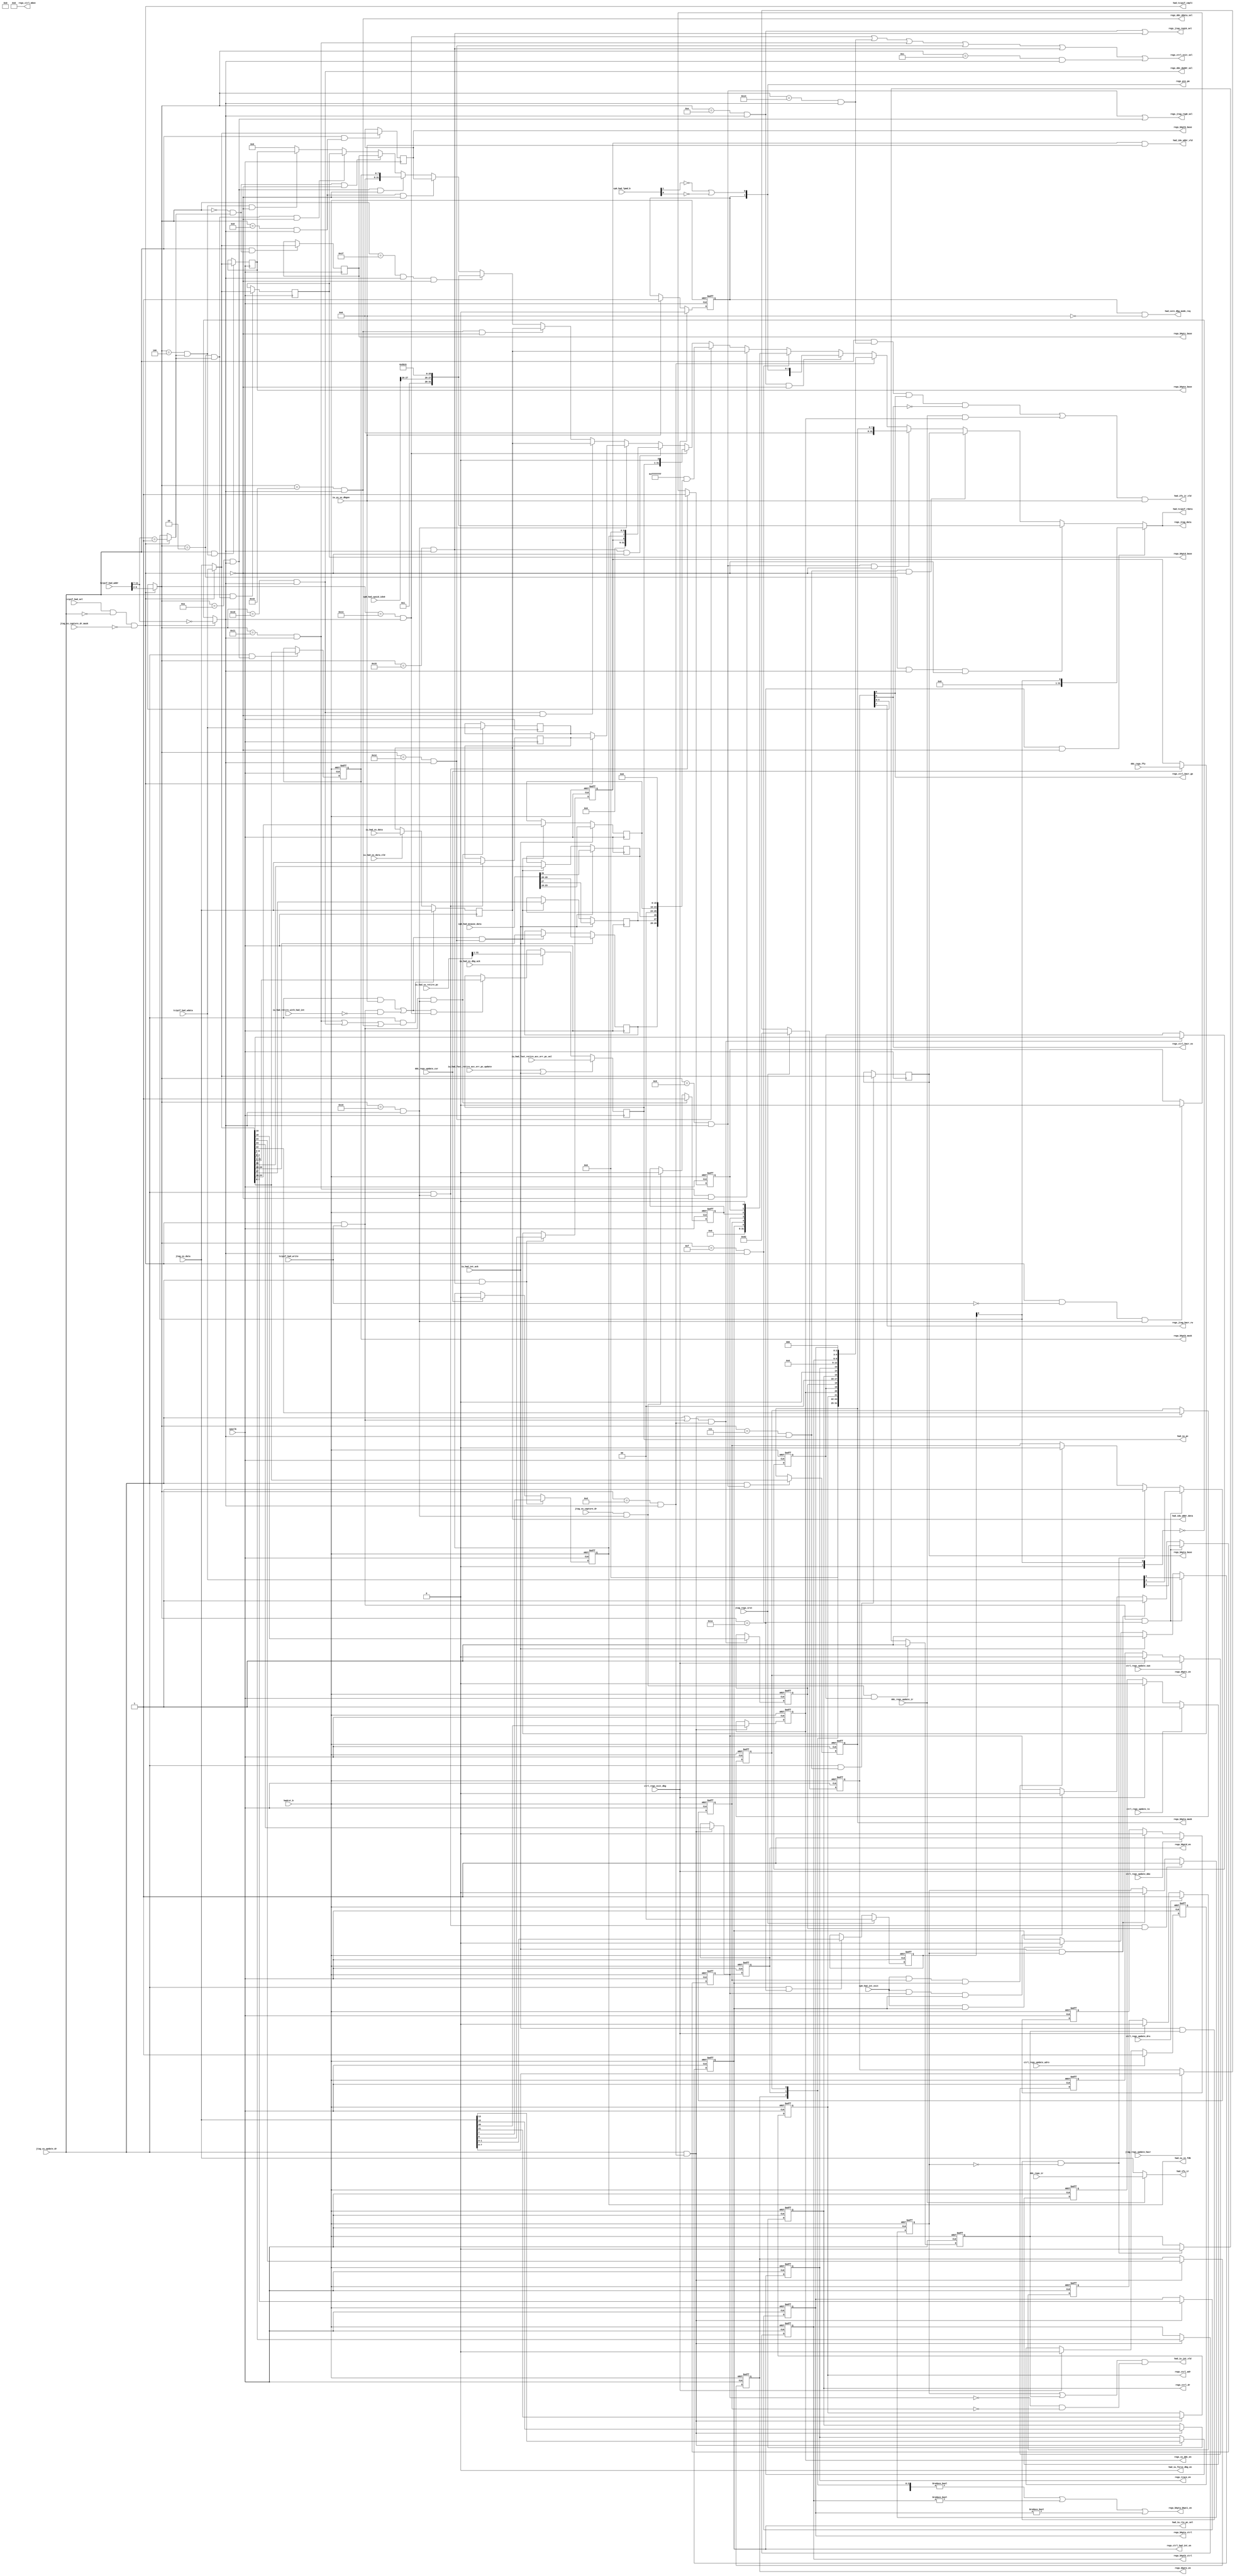
/*Copyright 2018-2021 T-Head Semiconductor Co., Ltd.

Licensed under the Apache License, Version 2.0 (the "License");
you may not use this file except in compliance with the License.
You may obtain a copy of the License at

    http://www.apache.org/licenses/LICENSE-2.0

Unless required by applicable law or agreed to in writing, software
distributed under the License is distributed on an "AS IS" BASIS,
WITHOUT WARRANTIES OR CONDITIONS OF ANY KIND, either express or implied.
See the License for the specific language governing permissions and
limitations under the License.
*/
module cr_had_regs(
  cp0_had_cpuid_idx0,
  cp0_had_int_exit,
  cp0_had_lpmd_b,
  cp0_had_mcause_data,
  cpuclk,
  ctrl_regs_exit_dbg,
  ctrl_regs_update_adro,
  ctrl_regs_update_dro,
  ctrl_regs_update_mbo,
  ctrl_regs_update_swo,
  ctrl_regs_update_to,
  ddc_regs_ffy,
  ddc_regs_ir,
  ddc_regs_update_csr,
  ddc_regs_update_ir,
  had_core_dbg_mode_req,
  had_idu_wbbr_data,
  had_idu_wbbr_vld,
  had_ifu_ir,
  had_ifu_ir_vld,
  had_iu_force_dbg_en,
  had_iu_int_vld,
  had_iu_pc,
  had_iu_rte_pc_sel,
  had_iu_xx_fdb,
  had_tcipif_cmplt,
  had_tcipif_rdata,
  hadrst_b,
  iu_had_fast_retire_acc_err_pc_update,
  iu_had_fast_retire_acc_err_pc_val,
  iu_had_int_ack,
  iu_had_retire_with_had_int,
  iu_had_xx_data,
  iu_had_xx_data_vld,
  iu_had_xx_dbg_ack,
  iu_had_xx_retire_pc,
  iu_yy_xx_dbgon,
  jtag_regs_srst,
  jtag_regs_update_hacr,
  jtag_xx_capture_dr,
  jtag_xx_capture_dr_mask,
  jtag_xx_data,
  jtag_xx_update_dr,
  regs_bkpta_base,
  regs_bkpta_bkpti_en,
  regs_bkpta_ctrl,
  regs_bkpta_mask,
  regs_bkptb_base,
  regs_bkptb_ctrl,
  regs_bkptb_mask,
  regs_bkptc_base,
  regs_bkptc_en,
  regs_bkptd_base,
  regs_bkptd_en,
  regs_bkpte_base,
  regs_bkpte_en,
  regs_ctrl_adr,
  regs_ctrl_dr,
  regs_ctrl_exit_sel,
  regs_ctrl_hacr_ex,
  regs_ctrl_hacr_go,
  regs_ctrl_had_int_on,
  regs_ctrl_mbee,
  regs_ddc_daddr_sel,
  regs_ddc_ddata_sel,
  regs_jtag_data,
  regs_jtag_hacr_rw,
  regs_jtag_reg16_sel,
  regs_jtag_reg8_sel,
  regs_pin_pm,
  regs_trace_en,
  regs_xx_ddc_en,
  tcipif_had_addr,
  tcipif_had_sel,
  tcipif_had_wdata,
  tcipif_had_write
);

// &Ports; @23
input   [31:0]  cp0_had_cpuid_idx0;                  
input           cp0_had_int_exit;                    
input   [1 :0]  cp0_had_lpmd_b;                      
input   [31:0]  cp0_had_mcause_data;                 
input           cpuclk;                              
input           ctrl_regs_exit_dbg;                  
input           ctrl_regs_update_adro;               
input           ctrl_regs_update_dro;                
input           ctrl_regs_update_mbo;                
input           ctrl_regs_update_swo;                
input           ctrl_regs_update_to;                 
input           ddc_regs_ffy;                        
input   [31:0]  ddc_regs_ir;                         
input           ddc_regs_update_csr;                 
input           ddc_regs_update_ir;                  
input           hadrst_b;                            
input           iu_had_fast_retire_acc_err_pc_update; 
input   [30:0]  iu_had_fast_retire_acc_err_pc_val;   
input           iu_had_int_ack;                      
input           iu_had_retire_with_had_int;          
input   [31:0]  iu_had_xx_data;                      
input           iu_had_xx_data_vld;                  
input           iu_had_xx_dbg_ack;                   
input   [31:0]  iu_had_xx_retire_pc;                 
input           iu_yy_xx_dbgon;                      
input           jtag_regs_srst;                      
input           jtag_regs_update_hacr;               
input           jtag_xx_capture_dr;                  
input           jtag_xx_capture_dr_mask;             
input   [31:0]  jtag_xx_data;                        
input           jtag_xx_update_dr;                   
input   [15:0]  tcipif_had_addr;                     
input           tcipif_had_sel;                      
input   [31:0]  tcipif_had_wdata;                    
input           tcipif_had_write;                    
output          had_core_dbg_mode_req;               
output  [31:0]  had_idu_wbbr_data;                   
output          had_idu_wbbr_vld;                    
output  [31:0]  had_ifu_ir;                          
output          had_ifu_ir_vld;                      
output          had_iu_force_dbg_en;                 
output          had_iu_int_vld;                      
output  [30:0]  had_iu_pc;                           
output          had_iu_rte_pc_sel;                   
output          had_iu_xx_fdb;                       
output          had_tcipif_cmplt;                    
output  [31:0]  had_tcipif_rdata;                    
output  [31:0]  regs_bkpta_base;                     
output          regs_bkpta_bkpti_en;                 
output  [2 :0]  regs_bkpta_ctrl;                     
output  [7 :0]  regs_bkpta_mask;                     
output  [31:0]  regs_bkptb_base;                     
output  [2 :0]  regs_bkptb_ctrl;                     
output  [7 :0]  regs_bkptb_mask;                     
output  [31:0]  regs_bkptc_base;                     
output          regs_bkptc_en;                       
output  [31:0]  regs_bkptd_base;                     
output          regs_bkptd_en;                       
output  [31:0]  regs_bkpte_base;                     
output          regs_bkpte_en;                       
output          regs_ctrl_adr;                       
output          regs_ctrl_dr;                        
output          regs_ctrl_exit_sel;                  
output          regs_ctrl_hacr_ex;                   
output          regs_ctrl_hacr_go;                   
output          regs_ctrl_had_int_on;                
output  [8 :0]  regs_ctrl_mbee;                      
output          regs_ddc_daddr_sel;                  
output          regs_ddc_ddata_sel;                  
output  [31:0]  regs_jtag_data;                      
output          regs_jtag_hacr_rw;                   
output          regs_jtag_reg16_sel;                 
output          regs_jtag_reg8_sel;                  
output  [1 :0]  regs_pin_pm;                         
output          regs_trace_en;                       
output          regs_xx_ddc_en;                      

// &Regs; @24
reg             adro;                                
reg     [31:0]  baba_reg;                            
reg     [31:0]  babb_reg;                            
reg     [31:0]  babc_reg;                            
reg     [31:0]  babd_reg;                            
reg     [31:0]  babe_reg;                            
reg     [7 :0]  bama_reg;                            
reg     [7 :0]  bamb_reg;                            
reg     [1 :0]  bsel;                                
reg     [31:0]  ddera_reg;                           
reg             ddera_vld;                           
reg     [31:0]  dderb_reg;                           
reg             dderb_vld;                           
reg             dro;                                 
reg             fdb;                                 
reg             ffy;                                 
reg     [7 :0]  hacr_reg;                            
reg     [7 :0]  had_mcause_mil;                      
reg             had_mcause_mpie;                     
reg     [1 :0]  had_mcause_mpp;                      
reg             had_mcause_mpsp;                     
reg             hcr_adr;                             
reg     [2 :0]  hcr_bca;                             
reg     [2 :0]  hcr_bcb;                             
reg             hcr_bxen_bkptc;                      
reg             hcr_bxen_bkptd;                      
reg             hcr_bxen_bkpte;                      
reg             hcr_ddcen;                           
reg             hcr_dr;                              
reg             hcr_jtgr_int_en;                     
reg             hcr_jtgw_int_en;                     
reg             hcr_tme;                             
reg             jr_active;                           
reg             jr_pending;                          
reg             jw_active;                           
reg             jw_pending;                          
reg             mbo;                                 
reg     [30:0]  pc;                                  
reg             pm_dbg_mode;                         
reg     [31:0]  regs_rdata;                          
reg             rte_pc_sel;                          
reg             swo;                                 
reg             to;                                  
reg     [31:0]  wbbr_reg;                            

// &Wires; @25
wire            baba_wen;                            
wire            babb_wen;                            
wire            babc_wen;                            
wire            babd_wen;                            
wire            babe_wen;                            
wire    [31:0]  babf_reg;                            
wire    [31:0]  babg_reg;                            
wire    [31:0]  babh_reg;                            
wire    [31:0]  babi_reg;                            
wire            bama_wen;                            
wire            bamb_wen;                            
wire    [7 :0]  bamc_reg;                            
wire    [7 :0]  bamd_reg;                            
wire    [7 :0]  bame_reg;                            
wire    [7 :0]  bamf_reg;                            
wire    [7 :0]  bamg_reg;                            
wire    [7 :0]  bamh_reg;                            
wire    [7 :0]  bami_reg;                            
wire            bsel_0;                              
wire            bsel_0_jtg;                          
wire            bsel_0_tcipif;                       
wire            bsel_1;                              
wire            bsel_1_jtg;                          
wire            bsel_1_tcipif;                       
wire    [1 :0]  bsel_val;                            
wire            bsel_wen;                            
wire    [31:0]  cp0_had_cpuid_idx0;                  
wire            cp0_had_int_exit;                    
wire    [1 :0]  cp0_had_lpmd_b;                      
wire    [31:0]  cp0_had_mcause_data;                 
wire            cp0_had_secu_dbg_en;                 
wire            cpu_hsr2_wen;                        
wire            cpuclk;                              
wire    [15:0]  csr_reg;                             
wire            csr_wen;                             
wire            ctrl_regs_exit_dbg;                  
wire            ctrl_regs_update_adro;               
wire            ctrl_regs_update_dro;                
wire            ctrl_regs_update_mbo;                
wire            ctrl_regs_update_swo;                
wire            ctrl_regs_update_to;                 
wire    [31:0]  dacsr_rd_val;                        
wire    [31:0]  dacsr_reg;                           
wire    [31:0]  darwr_reg;                           
wire    [31:0]  datr_reg;                            
wire    [31:0]  dbg_ctrl_reg;                        
wire            dbgexp_regs_updt_vld;                
wire            dcc_regs_updt_vld;                   
wire            ddc_regs_ffy;                        
wire    [31:0]  ddc_regs_ir;                         
wire            ddc_regs_update_csr;                 
wire            ddc_regs_update_ir;                  
wire    [31:0]  dder_rd_val;                         
wire            ddera_ren;                           
wire            ddera_wen;                           
wire            dderb_ren;                           
wire            dderb_wen;                           
wire    [31:0]  force_reg;                           
wire            hacr_ex;                             
wire            hacr_go;                             
wire            hacr_indx_baba_sel;                  
wire            hacr_indx_baba_sel_rd;               
wire            hacr_indx_babb_sel;                  
wire            hacr_indx_babb_sel_rd;               
wire            hacr_indx_babc_sel;                  
wire            hacr_indx_babc_sel_rd;               
wire            hacr_indx_babd_sel;                  
wire            hacr_indx_babd_sel_rd;               
wire            hacr_indx_babe_sel;                  
wire            hacr_indx_babe_sel_rd;               
wire            hacr_indx_babf_sel;                  
wire            hacr_indx_babf_sel_rd;               
wire            hacr_indx_babg_sel;                  
wire            hacr_indx_babg_sel_rd;               
wire            hacr_indx_babh_sel;                  
wire            hacr_indx_babh_sel_rd;               
wire            hacr_indx_babi_sel;                  
wire            hacr_indx_babi_sel_rd;               
wire            hacr_indx_bama_sel;                  
wire            hacr_indx_bama_sel_rd;               
wire            hacr_indx_bamb_sel;                  
wire            hacr_indx_bamb_sel_rd;               
wire            hacr_indx_bamc_sel;                  
wire            hacr_indx_bamc_sel_rd;               
wire            hacr_indx_bamd_sel;                  
wire            hacr_indx_bamd_sel_rd;               
wire            hacr_indx_bame_sel;                  
wire            hacr_indx_bame_sel_rd;               
wire            hacr_indx_bamf_sel;                  
wire            hacr_indx_bamf_sel_rd;               
wire            hacr_indx_bamg_sel;                  
wire            hacr_indx_bamg_sel_rd;               
wire            hacr_indx_bamh_sel;                  
wire            hacr_indx_bamh_sel_rd;               
wire            hacr_indx_bami_sel;                  
wire            hacr_indx_bami_sel_rd;               
wire            hacr_indx_bsel_sel;                  
wire            hacr_indx_bsel_sel_rd;               
wire            hacr_indx_bypass_sel;                
wire            hacr_indx_csr_sel;                   
wire            hacr_indx_csr_sel_rd;                
wire            hacr_indx_dacsr_sel;                 
wire            hacr_indx_dacsr_sel_rd;              
wire            hacr_indx_daddr_sel;                 
wire            hacr_indx_daddr_sel_rd;              
wire            hacr_indx_darwr_sel;                 
wire            hacr_indx_darwr_sel_rd;              
wire            hacr_indx_datr_sel;                  
wire            hacr_indx_datr_sel_rd;               
wire            hacr_indx_dbg_ctrl_sel;              
wire            hacr_indx_dbg_ctrl_sel_rd;           
wire            hacr_indx_ddata_sel;                 
wire            hacr_indx_ddata_sel_rd;              
wire            hacr_indx_dder_sel;                  
wire            hacr_indx_dder_sel_rd;               
wire            hacr_indx_force_reg_sel;             
wire            hacr_indx_force_reg_sel_rd;          
wire            hacr_indx_hcr_sel;                   
wire            hacr_indx_hcr_sel_rd;                
wire            hacr_indx_hsr2_sel;                  
wire            hacr_indx_hsr2_sel_rd;               
wire            hacr_indx_hsr_sel;                   
wire            hacr_indx_hsr_sel_rd;                
wire            hacr_indx_id_sel;                    
wire            hacr_indx_id_sel_rd;                 
wire            hacr_indx_ir_sel;                    
wire            hacr_indx_mbca_sel;                  
wire            hacr_indx_mbca_sel_rd;               
wire            hacr_indx_mbcb_sel;                  
wire            hacr_indx_mbcb_sel_rd;               
wire            hacr_indx_mbee_sel;                  
wire            hacr_indx_mbee_sel_rd;               
wire            hacr_indx_mbir_sel;                  
wire            hacr_indx_mbir_sel_rd;               
wire            hacr_indx_mbse_sel;                  
wire            hacr_indx_mbse_sel_rd;               
wire            hacr_indx_pc_sel;                    
wire            hacr_indx_pc_sel_rd;                 
wire            hacr_indx_prof_cnt_sel;              
wire            hacr_indx_prof_cnt_sel_rd;           
wire            hacr_indx_psr_sel;                   
wire            hacr_indx_psr_sel_rd;                
wire    [4 :0]  hacr_indx_reuse;                     
wire            hacr_indx_sysrsv_sel;                
wire            hacr_indx_sysrsv_sel_rd;             
wire            hacr_indx_tc_sel;                    
wire            hacr_indx_tc_sel_rd;                 
wire            hacr_indx_wbbr_sel;                  
wire            hacr_indx_wbbr_sel_rd;               
wire            hacr_rw;                             
wire            had_core_dbg_mode_req;               
wire    [31:0]  had_idu_wbbr_data;                   
wire            had_idu_wbbr_vld;                    
wire    [31:0]  had_ifu_ir;                          
wire            had_ifu_ir_vld;                      
wire            had_iu_force_dbg_en;                 
wire            had_iu_int_vld;                      
wire    [30:0]  had_iu_pc;                           
wire            had_iu_rte_pc_sel;                   
wire            had_iu_xx_fdb;                       
wire            had_tcipif_cmplt;                    
wire    [31:0]  had_tcipif_rdata;                    
wire            hadrst_b;                            
wire            hcr_bca_wen;                         
wire            hcr_bcb_wen;                         
wire    [6 :0]  hcr_bxen;                            
wire    [2 :0]  hcr_bxen_bkpt4;                      
wire    [3 :0]  hcr_bxen_bkpt8;                      
wire            hcr_bxen_bkptc_wen;                  
wire            hcr_bxen_bkptd_wen;                  
wire            hcr_bxen_bkpte_wen;                  
wire            hcr_dcc_wen;                         
wire            hcr_ddae;                            
wire    [31:0]  hcr_reg;                             
wire            hcr_wen_jtg_only;                    
wire    [31:0]  hsr2_reg;                            
wire            hsr_dbg_dis;                         
wire    [15:0]  hsr_reg;                             
wire    [31:0]  id_reg;                              
wire            iu_had_fast_retire_acc_err_pc_update; 
wire    [30:0]  iu_had_fast_retire_acc_err_pc_val;   
wire            iu_had_int_ack;                      
wire            iu_had_retire_with_had_int;          
wire    [31:0]  iu_had_xx_data;                      
wire            iu_had_xx_data_vld;                  
wire            iu_had_xx_dbg_ack;                   
wire    [31:0]  iu_had_xx_retire_pc;                 
wire            iu_yy_xx_dbgon;                      
wire            jtag_psr_pc_wen;                     
wire            jtag_regs_srst;                      
wire            jtag_regs_update_hacr;               
wire            jtag_xx_capture_dr;                  
wire            jtag_xx_capture_dr_mask;             
wire    [31:0]  jtag_xx_data;                        
wire            jtag_xx_update_dr;                   
wire    [31:0]  mbee_reg;                            
wire    [3 :0]  mbir_reg;                            
wire    [31:0]  mbse_reg;                            
wire    [31:0]  pc_reg;                              
wire            pc_wen;                              
wire    [1 :0]  pm;                                  
wire            pm_lowpwr_mode;                      
wire            prof_cnt_en;                         
wire    [31:0]  prof_cnt_reg;                        
wire    [31:0]  psr_reg;                             
wire            psr_wen;                             
wire    [31:0]  regs_bkpta_base;                     
wire            regs_bkpta_bkpti_en;                 
wire    [2 :0]  regs_bkpta_ctrl;                     
wire    [7 :0]  regs_bkpta_mask;                     
wire    [31:0]  regs_bkptb_base;                     
wire    [2 :0]  regs_bkptb_ctrl;                     
wire    [7 :0]  regs_bkptb_mask;                     
wire    [31:0]  regs_bkptc_base;                     
wire            regs_bkptc_en;                       
wire    [31:0]  regs_bkptd_base;                     
wire            regs_bkptd_en;                       
wire    [31:0]  regs_bkpte_base;                     
wire            regs_bkpte_en;                       
wire            regs_ctrl_adr;                       
wire            regs_ctrl_dr;                        
wire            regs_ctrl_exit_sel;                  
wire            regs_ctrl_hacr_ex;                   
wire            regs_ctrl_hacr_go;                   
wire            regs_ctrl_had_int_on;                
wire    [8 :0]  regs_ctrl_mbee;                      
wire            regs_ddc_daddr_sel;                  
wire            regs_ddc_ddata_sel;                  
wire    [31:0]  regs_jtag_data;                      
wire            regs_jtag_hacr_rw;                   
wire            regs_jtag_reg16_sel;                 
wire            regs_jtag_reg8_sel;                  
wire    [1 :0]  regs_pin_pm;                         
wire            regs_trace_en;                       
wire            regs_xx_ddc_en;                      
wire    [31:0]  regs_xx_wdata;                       
wire            sec_bit_jtag;                        
wire            sec_jtag;                            
wire            secure_mode_match_jtag;              
wire            tcipif_dcc_read_vld;                 
wire            tcipif_dcc_updt_vld;                 
wire    [15:0]  tcipif_had_addr;                     
wire            tcipif_had_sel;                      
wire    [31:0]  tcipif_had_wdata;                    
wire            tcipif_had_write;                    
wire            tcipif_psr_pc_wen;                   
wire            tcipif_reg_sel;                      
wire            wbbr_wen;                            


// &Force("input","tcipif_had_write"); @28
//   &Force("input","tcipif_xx_dbus_sec"); @30

//==============================================================================
//  HACR
//==============================================================================
always @(posedge cpuclk or negedge hadrst_b)
begin
  if (!hadrst_b)
    hacr_reg[7:0] <= 8'h82; // point to HAD_ID, read op
  else if (jtag_regs_srst)
    hacr_reg[7:0] <= 8'h82;
  else if (jtag_regs_update_hacr)
    hacr_reg[7:0] <= jtag_xx_data[7:0];
  else
    hacr_reg[7:0] <= hacr_reg[7:0];
end

assign hacr_rw = hacr_reg[7];
assign hacr_go = hacr_reg[6];
assign hacr_ex = hacr_reg[5];

assign tcipif_reg_sel       = tcipif_had_sel
                         && !jtag_xx_update_dr
                         && !jtag_xx_capture_dr_mask;
assign hacr_indx_reuse[4:0] = tcipif_reg_sel ?  tcipif_had_addr[6:2] : hacr_reg[4:0];

//==============================================================================
//  HAD Bank Seleect Register
//==============================================================================
assign bsel_wen = jtag_xx_update_dr && hacr_indx_bsel_sel;
always @(posedge cpuclk or negedge hadrst_b)
begin
  if (!hadrst_b)
    bsel[1:0] <= 2'b0;
  else if (jtag_regs_srst)
    bsel[1:0] <= 2'b0;
  else if (bsel_wen)
    bsel[1:0] <= jtag_xx_data[1:0];
  else
    bsel[1:0] <= bsel[1:0];
end

//area optimization for bsel registers
  assign bsel_val[1:0] = {1'b0, bsel[0]};

// &Force("bus","tcipif_had_addr",15,0); @98
assign bsel_0_jtg    = bsel_val[1:0] == 2'b0;
assign bsel_0_tcipif = tcipif_had_addr[11:7] == 5'b0;
assign bsel_0        = tcipif_reg_sel ? bsel_0_tcipif : bsel_0_jtg;

    assign bsel_1_jtg    = bsel_val[1:0] == 2'b1;
    assign bsel_1_tcipif = tcipif_had_addr[11:7] == 5'b1;
    assign bsel_1        = tcipif_reg_sel ? bsel_1_tcipif : bsel_1_jtg;


assign hacr_indx_bsel_sel     = (hacr_indx_reuse[4:0] == 5'b11110); //for any bank

//decode for register bank 0
assign hacr_indx_id_sel       = (hacr_indx_reuse[4:0] == 5'b00010) && bsel_0;
assign hacr_indx_tc_sel       = 1'b0;
assign hacr_indx_bypass_sel   = (hacr_indx_reuse[4:0] == 5'b01100) && bsel_0;
assign hacr_indx_hsr_sel      = (hacr_indx_reuse[4:0] == 5'b01110) && bsel_0;
assign hacr_indx_wbbr_sel     = (hacr_indx_reuse[4:0] == 5'b10001) && bsel_0;
assign hacr_indx_ir_sel       = (hacr_indx_reuse[4:0] == 5'b10100) && bsel_0;
assign hacr_indx_csr_sel      = (hacr_indx_reuse[4:0] == 5'b10101) && bsel_0;
assign hacr_indx_daddr_sel    = (hacr_indx_reuse[4:0] == 5'b11000) && bsel_0;
assign hacr_indx_ddata_sel    = (hacr_indx_reuse[4:0] == 5'b11001) && bsel_0;
assign hacr_indx_sysrsv_sel   = (hacr_indx_reuse[4:0] == 5'b11111) && bsel_0;

assign hacr_indx_psr_sel      = (hacr_indx_reuse[4:0] == 5'b10010) && bsel_0;
assign hacr_indx_pc_sel       = (hacr_indx_reuse[4:0] == 5'b10011) && bsel_0;
assign hacr_indx_hcr_sel      = (hacr_indx_reuse[4:0] == 5'b01101) && bsel_0;
assign hacr_indx_hsr2_sel     = (hacr_indx_reuse[4:0] == 5'b01111) && bsel_0;
assign hacr_indx_dder_sel     = (hacr_indx_reuse[4:0] == 5'b10110) && bsel_0;

assign hacr_indx_mbca_sel     = 1'b0;
assign hacr_indx_mbcb_sel     = 1'b0;
assign hacr_indx_baba_sel     = (hacr_indx_reuse[4:0] == 5'b00111) && bsel_0;
assign hacr_indx_bama_sel     = (hacr_indx_reuse[4:0] == 5'b01001) && bsel_0;

assign hacr_indx_babb_sel     = (hacr_indx_reuse[4:0] == 5'b01000) && bsel_0;
assign hacr_indx_bamb_sel     = (hacr_indx_reuse[4:0] == 5'b01010) && bsel_0;

// decode for register bank 1
assign hacr_indx_babc_sel     = (hacr_indx_reuse[4:0] == 5'b00000) && bsel_1;
assign hacr_indx_babd_sel     = (hacr_indx_reuse[4:0] == 5'b00010) && bsel_1;
assign hacr_indx_babe_sel     = (hacr_indx_reuse[4:0] == 5'b00100) && bsel_1;
assign hacr_indx_bamc_sel     = 1'b0;
assign hacr_indx_bamd_sel     = 1'b0;
assign hacr_indx_bame_sel     = 1'b0;

assign hacr_indx_babf_sel     = 1'b0;
assign hacr_indx_babg_sel     = 1'b0;
assign hacr_indx_babh_sel     = 1'b0;
assign hacr_indx_babi_sel     = 1'b0;
assign hacr_indx_bamf_sel     = 1'b0;
assign hacr_indx_bamg_sel     = 1'b0;
assign hacr_indx_bamh_sel     = 1'b0;
assign hacr_indx_bami_sel     = 1'b0;

assign hacr_indx_dacsr_sel    = 1'b0;
assign hacr_indx_datr_sel     = 1'b0;
assign hacr_indx_darwr_sel    = 1'b0;

assign hacr_indx_mbir_sel     = 1'b0;
assign hacr_indx_mbee_sel     = 1'b0;
assign hacr_indx_mbse_sel     = 1'b0;

//decode for register bank 2
assign hacr_indx_dbg_ctrl_sel  = 1'b0;
assign hacr_indx_prof_cnt_sel  = 1'b0;
assign hacr_indx_force_reg_sel = 1'b0;

  assign tcipif_dcc_updt_vld         = tcipif_reg_sel && tcipif_had_write;
  assign tcipif_dcc_read_vld         = tcipif_reg_sel && !tcipif_had_write;

assign dcc_regs_updt_vld             = jtag_xx_update_dr || tcipif_dcc_updt_vld;


assign dbgexp_regs_updt_vld          = jtag_xx_update_dr;

assign regs_xx_wdata[31:0]       = tcipif_reg_sel ? tcipif_had_wdata[31:0]
                                                  : jtag_xx_data[31:0];
//==============================================================================
//  HAD DR Bank 0
//==============================================================================
//==========================================================
// HAD_ID register
//==========================================================
// +-------+-----+---------+-------+------+-----+-----+
// | 31:28 |27:26|  25:18  | 17 | 16 | 15:12 | 11:8 | 7:4 | 3:0 |
// +-------+-----+---------+----+----+-------+------+-----+-----+
//     |      |              |    |      |       |    |     |
//     |      |              |    |      |       |    |     +--- ID_VERSION
//     |      |              |    |      |       |    +--------- HAD_VERSION
//     |      |              |    |      |       +-------------- HAD_REVISION
//     |      |              |    |      +---------------------- BKPT_NUM
//     |      |              |    +----------------------------- DDC
//     |      |              +---------------------------------- BANK1
//     |      +--------------------------------------- CPU Inst. Arch                               
//     +---------------------------------------------- JTAG InterfaceType

// &Force("bus", "cp0_had_cpuid_idx0", 31, 0); @319

assign id_reg[31:28] = 4'b0001; // JTAG_2 interface

assign id_reg[27:26] = cp0_had_cpuid_idx0[27:26];

assign id_reg[25:18] = 8'b0;

assign id_reg[17]    = 1'b0;

assign id_reg[16]    = 1'b0;

assign id_reg[15:12] = 4'd5;

//------------------------------------------------
// initial version: 2.0
// huanghuanhuan
//------------------------------------------------
// version 2.1
// huanghuanhuan, 2014/03/10
// add 4 registers for mem-bkpt-c and mem-bkpt-d
// add 2 ctrl bits in hcr to enable bkpt-c and bkpt-d
//------------------------------------------------
// version 2.2
// huanghuanhuan, 2014/03/14
// 1. add SRST status bit in HSR
//    SRST indicates CPU is reset by software
// 2. seperate hadrst_b and cpurst_b
//    cpurst_b cannot reset had registers
//------------------------------------------------
// version 2.3
// huanghuanhuan, 2014/04/04
// 1. add 4 more bkpt, there are 9 bkpt now
// 2. add BSEL register for register bank select
// 3. add BKPT_NUM field in ID register
//------------------------------------------------
// version 2.4
// huanghuanhuan, 2014/06/30
// 1. add one more register, HSR2;
// 2. define a status bit in HSR2 to indicate CPU
//    is in debug forbidden region
//------------------------------------------------
// version 2.5
// huanghuanhuan, 2014/07/08
// 1. add HAD_BKPT_9 macro
// ------------------------------------------------
// version 2.6
// chenchen, 2015/05/13
// 1. add HAD tcip img
// 2. add profiling cnt
// ------------------------------------------------
// version 2.7
// chenchen, 2016/01/05
// 1. add DCC function
// 2. add TEE support
// ------------------------------------------------
// version 2.8
// chenchen, 2016/10/09
// 1. fix trace on ldst
// ------------------------------------------------
// version 2.9
// chenchen, 2016/12/27
// 1. add dbg expt
// 2. add DDMA
// ------------------------------------------------
// version 2.10
// reserve for the difference between
// trunk code and branch code
// ------------------------------------------------
// version 2.11
// wangs, 2017/09/05
// 1. had area optimization
// 2. tcip and jtag reuse read/write port
// 3. add the mechanism between DBG_EXP and TEE
assign id_reg[11:8]  = 4'd11;
assign id_reg[7:4]   = 4'b0011; // HAD_V4, for RV

//------------------------------------------------
// V1
assign id_reg[3:0]   = 4'b0001;
//------------------------------------------------
// V2
// add BKPT_NUM, DDC, BANK1 field
//assign id_reg[3:0] = 4'd2;

//==========================================================
// BABA -- Base Address of Breakpoint A
//==========================================================
assign baba_wen = dbgexp_regs_updt_vld && hacr_indx_baba_sel;

always @(posedge cpuclk)
begin
  if (baba_wen)
    baba_reg[31:0] <= regs_xx_wdata[31:0];
  else
    baba_reg[31:0] <= baba_reg[31:0];
end

//==========================================================
// BAMA -- Base Address Mask of Breakpoint A
//==========================================================
// reset BAMA to zero for low power design
assign bama_wen = dbgexp_regs_updt_vld && hacr_indx_bama_sel;

always @(posedge cpuclk or negedge hadrst_b)
begin
  if (!hadrst_b)
    bama_reg[7:0] <= 8'b0;
  else if (bama_wen)
    bama_reg[7:0] <= regs_xx_wdata[7:0];
  else
    bama_reg[7:0] <= bama_reg[7:0];
end

//==========================================================
// BABB -- Base Address of Breakpoint B
//==========================================================
assign babb_wen = dbgexp_regs_updt_vld && hacr_indx_babb_sel;

always @(posedge cpuclk)
begin
  if (babb_wen)
    babb_reg[31:0] <= regs_xx_wdata[31:0];
  else
    babb_reg[31:0] <= babb_reg[31:0];
end

//==========================================================
// BAMB -- Base Address Mask of Breakpoint B
//==========================================================
// reset BAMB to zero for low power design
assign bamb_wen = dbgexp_regs_updt_vld && hacr_indx_bamb_sel;

always @(posedge cpuclk or negedge hadrst_b)
begin
  if (!hadrst_b)
    bamb_reg[7:0] <= 8'b0;
  else if (bamb_wen)
    bamb_reg[7:0] <= regs_xx_wdata[7:0];
  else
    bamb_reg[7:0] <= bamb_reg[7:0];
end

//==========================================================
// WBBR -- Write Back Bus Register
//==========================================================
assign wbbr_wen = jtag_xx_update_dr && (hacr_indx_wbbr_sel
                                     || hacr_indx_daddr_sel
                                     || hacr_indx_ddata_sel);
always @(posedge cpuclk)
begin
  if (wbbr_wen)
    wbbr_reg[31:0] <= jtag_xx_data[31:0];
//  else if (ddc_regs_update_wbbr)
//    wbbr_reg[31:0] <= ddc_regs_wbbr[31:0];
  else if (iu_had_xx_data_vld)
    wbbr_reg[31:0] <= iu_had_xx_data[31:0];
  else
    wbbr_reg[31:0] <= wbbr_reg[31:0];
end

// &Force("bus", "cp0_had_psr_data", 31, 0); @542
//==========================================================                                        
// PSR -- Processor Status Register
// as the psr nolong exist when processor enter debug mode
// it only exist when had int happen
//==========================================================
assign jtag_psr_pc_wen   = jtag_xx_update_dr && iu_yy_xx_dbgon;
assign tcipif_psr_pc_wen = tcipif_dcc_updt_vld && !iu_had_retire_with_had_int;
assign psr_wen = ((jtag_psr_pc_wen && cp0_had_secu_dbg_en) || tcipif_psr_pc_wen)
               && hacr_indx_psr_sel;


//always @(posedge cpuclk)
//begin
//  if (iu_had_xx_dbg_ack) begin
//    psr_s        <= cp0_had_psr_data[31];
//    psr_vec[7:0] <= cp0_had_psr_data[23:16];
//    psr_mm       <= cp0_had_psr_data[9];
//    psr_ee       <= cp0_had_psr_data[8];
//    psr_ic       <= cp0_had_psr_data[7];
//    psr_ie       <= cp0_had_psr_data[6];
//    psr_c        <= cp0_had_psr_data[0];
//  end
//  else if (iu_had_int_ack) begin
//    psr_s        <= cp0_had_spsr_data[31];
//    psr_vec[7:0] <= cp0_had_spsr_data[23:16];
//    psr_mm       <= cp0_had_spsr_data[9];
//    psr_ee       <= cp0_had_spsr_data[8];
//    psr_ic       <= cp0_had_spsr_data[7];
//    psr_ie       <= cp0_had_spsr_data[6];
//    psr_c        <= cp0_had_spsr_data[0];
//  end
//  else if (psr_wen) begin
//    psr_s        <= regs_xx_wdata[31];
//    psr_vec[7:0] <= regs_xx_wdata[23:16];
//    psr_mm       <= regs_xx_wdata[9];
//    psr_ee       <= regs_xx_wdata[8];
//    psr_ic       <= regs_xx_wdata[7];
//    psr_ie       <= regs_xx_wdata[6];
//    psr_c        <= regs_xx_wdata[0];
//  end
//end
//
//assign psr_se = 1'b0;
//assign psr_sp = 1'b0;
//assign psr_hs = 1'b0;
//assign psr_sc = 1'b0;
//
//assign psr_prgsign_ins_cnt_en = 1'b0;
//assign psr_prgsign_strong     = 1'b0;
//assign psr_prgisgn_en         = 1'b0;
//
//assign psr_bm = 1'b0;
//
//assign psr_af = 1'b0;
//
//assign psr_reg[31:0] = {psr_s , psr_se, psr_sp, psr_hs,
//                        psr_sc, psr_prgsign_ins_cnt_en,
//                        psr_prgsign_strong, psr_prgisgn_en,
//                        psr_vec[7:0], 6'b0,
//                        psr_mm, psr_ee, psr_ic, psr_ie, 
//                        3'b0, psr_bm, psr_af, psr_c};
//
// &Force("bus", "cp0_had_mcause_data", 31, 0); @676
always @(posedge cpuclk)
begin
  if (iu_had_int_ack) begin
    had_mcause_mpp[1:0]     <= cp0_had_mcause_data[29:28];
    had_mcause_mil[7:0]     <= cp0_had_mcause_data[23:16];
    had_mcause_mpie         <= cp0_had_mcause_data[27];
    had_mcause_mpsp         <= cp0_had_mcause_data[26];
  end
  else if (psr_wen) begin
    had_mcause_mpp[1:0]     <= regs_xx_wdata[29:28];
    had_mcause_mil[7:0]     <= regs_xx_wdata[23:16];
    had_mcause_mpie         <= regs_xx_wdata[27];
    had_mcause_mpsp         <= regs_xx_wdata[26];
  end
end
assign psr_reg[31:0]      = {1'b0,1'b0,had_mcause_mpp[1:0],had_mcause_mpie,had_mcause_mpsp,2'b0,had_mcause_mil[7:0],16'b0};
//==========================================================
// PC
//==========================================================
// &Force("bus", "iu_had_xx_retire_pc", 31, 0); @696
assign pc_wen = (jtag_psr_pc_wen || tcipif_psr_pc_wen)
              && hacr_indx_pc_sel;
always @(posedge cpuclk)
begin
  if (iu_had_fast_retire_acc_err_pc_update || iu_had_int_ack)
    pc[30:0] <= iu_had_fast_retire_acc_err_pc_val[30:0];
  else if (iu_had_xx_dbg_ack)
    pc[30:0] <= iu_had_xx_retire_pc[31:1];
  else if (pc_wen)
    pc[30:0] <= regs_xx_wdata[31:1];
  else
    pc[30:0] <= pc[30:0];
end

assign pc_reg[31:0] = {pc[30:0], 1'b0};

//==========================================================
// IR
//==========================================================

//==========================================================
// CSR
//==========================================================
assign csr_wen = jtag_xx_update_dr && hacr_indx_csr_sel;
always @(posedge cpuclk or negedge hadrst_b)
begin
  if (!hadrst_b) begin
    ffy         <= 1'b0;
    fdb         <= 1'b0;
  end
  else if (csr_wen) begin
    ffy         <= jtag_xx_data[8];
    fdb         <= jtag_xx_data[7];
  end
  else if (ddc_regs_update_csr) begin
    ffy         <= ddc_regs_ffy;
    fdb         <= 1'b0;
  end
  else begin
    ffy         <= ffy;
    fdb         <= fdb;
  end
end

assign csr_reg[15:0] = {7'b0, ffy, fdb, 7'b0};

//==========================================================
// HCR -- Had Control Reigster
//==========================================================
// +-------+------+---+---+------+---+---+---+---+---+-----+--+----+
// | 31:29 |28:22 |21 |20 |19:16 |15 |14 |13 |12 |11 |10:6 |5 |4:0 |
// +-------+------+---+---+------+---+---+---+---+---+-----+--+----+
//            |     |   |          |       |       |    |   |   |
//            |     |   |          |       |       |    |   |   +---- BCA
//            |     |   |          |       |       |    |   +-------- RCA
//            |     |   |          |       |       |    +------------ BCB
//            |     |   |          |       |       +----------------- RCB
//            |     |   |          |       +------------------------- TME
//            |     |   |          +--------------------------------- DR
//            |     |   +-------------------------------------------- DDCEN
//            |     +------------------------------------------------ ADR
//            +------------------------------------------------------ BxEN
// BCA: BKPTA Mode Ctrl
// RCA: BKPTA Region Ctrl
// BCB: BKPTB Mode Ctrl
// RCB: BKPTB Region Ctrl
// TME: Trace Mode Enable
// DR : Debug Request
// DDCEN : DDC Mode Enable
// ADR : Async Debug Request
// BxEN : BKPTC - BKPTH Enable, BxEN[0] = BCEN, ... BxEN[5] = BHEN

//jtag write only
assign hcr_wen_jtg_only = jtag_xx_update_dr && hacr_indx_hcr_sel;
always @(posedge cpuclk or negedge hadrst_b)
begin
  if (!hadrst_b) begin
    hcr_adr      <= 1'b0; // Debug Request when CPU Dead
    hcr_ddcen    <= 1'b0; // DDC mode Enable
    hcr_dr       <= 1'b0; // Debug Request
    hcr_tme      <= 1'b0; // Trace Mode Enable
  end
  else if (hcr_wen_jtg_only) begin
    hcr_adr      <= jtag_xx_data[21];
    hcr_ddcen    <= jtag_xx_data[20];
    hcr_dr       <= jtag_xx_data[15];
    hcr_tme      <= jtag_xx_data[13];
  end
  else begin
    hcr_adr      <= hcr_adr;
    hcr_ddcen    <= hcr_ddcen;
    hcr_dr       <= hcr_dr;
    hcr_tme      <= hcr_tme;
  end
end

assign hcr_bca_wen = dbgexp_regs_updt_vld && hacr_indx_hcr_sel;

always @(posedge cpuclk or negedge hadrst_b)
begin
  if (!hadrst_b) begin
    hcr_bca[2:0] <= 3'b0; // memory Breakpoint Cotrol A
  end
  else if (hcr_bca_wen) begin
    hcr_bca[2:0] <= regs_xx_wdata[2:0];
  end
  else begin
    hcr_bca[2:0] <= hcr_bca[2:0];
  end
end

  assign hcr_bcb_wen = dbgexp_regs_updt_vld && hacr_indx_hcr_sel;

always @(posedge cpuclk or negedge hadrst_b)
begin
  if (!hadrst_b) begin
    hcr_bcb[2:0]  <= 3'b0;
  end
  else if (hcr_bcb_wen) begin
    hcr_bcb[2:0]  <= regs_xx_wdata[8:6];
  end
  else begin
    hcr_bcb[2:0]  <= hcr_bcb[2:0];
  end
end

//hcr_bxen_bkpt for mbkpt c/d/e
assign hcr_bxen_bkptc_wen = dbgexp_regs_updt_vld && hacr_indx_hcr_sel;

always @(posedge cpuclk or negedge hadrst_b)
begin
  if (!hadrst_b)
    hcr_bxen_bkptc <= 1'b0;
  else if (hcr_bxen_bkptc_wen)
    hcr_bxen_bkptc <= regs_xx_wdata[22];
  else
    hcr_bxen_bkptc <= hcr_bxen_bkptc;
end

assign hcr_bxen_bkptd_wen = dbgexp_regs_updt_vld && hacr_indx_hcr_sel;

always @(posedge cpuclk or negedge hadrst_b)
begin
  if (!hadrst_b)
    hcr_bxen_bkptd <= 1'b0;
  else if (hcr_bxen_bkptd_wen)
    hcr_bxen_bkptd <= regs_xx_wdata[23];
  else
    hcr_bxen_bkptd <= hcr_bxen_bkptd;
end

assign hcr_bxen_bkpte_wen = dbgexp_regs_updt_vld && hacr_indx_hcr_sel;

always @(posedge cpuclk or negedge hadrst_b)
begin
  if (!hadrst_b)
    hcr_bxen_bkpte <= 1'b0;
  else if (hcr_bxen_bkpte_wen)
    hcr_bxen_bkpte <= regs_xx_wdata[24];
  else
    hcr_bxen_bkpte <= hcr_bxen_bkpte;
end

assign hcr_bxen_bkpt4[2:0] = {hcr_bxen_bkpte, hcr_bxen_bkptd, hcr_bxen_bkptc};

assign hcr_bxen_bkpt8[3:0] = 4'b0;

assign hcr_bxen[6:0] = {hcr_bxen_bkpt8[3:0], hcr_bxen_bkpt4[2:0]};

assign hcr_ddae = 1'b0;

assign hcr_dcc_wen = dcc_regs_updt_vld && hacr_indx_hcr_sel;
always @(posedge cpuclk or negedge hadrst_b)
begin
  if (!hadrst_b) begin
    hcr_jtgw_int_en <= 1'b0;
    hcr_jtgr_int_en <= 1'b0;
  end
  else if (hcr_dcc_wen) begin
    hcr_jtgw_int_en <= regs_xx_wdata[18];
    hcr_jtgr_int_en <= regs_xx_wdata[19];
  end
  else begin
    hcr_jtgw_int_en <= hcr_jtgw_int_en;
    hcr_jtgr_int_en <= hcr_jtgr_int_en;
  end
end  

assign hcr_reg[31:0] = {2'b0, hcr_ddae, hcr_bxen[6:0], hcr_adr, hcr_ddcen,
                        hcr_jtgr_int_en, hcr_jtgw_int_en, 2'b0, hcr_dr, 1'b0,
                        hcr_tme, 4'b0, hcr_bcb[2:0], 3'b0, hcr_bca[2:0]};

assign regs_bkpta_bkpti_en = (hcr_bxen[6:0] != 7'b0)
                          || (hcr_bcb[2:0]  != 3'b0)
                          || (hcr_bca[2:0]  != 3'b0);

//==========================================================
// HSR -- Had Status Reigster
//==========================================================
// +-------+----+----+---+---+---+---+---+-----+-----+
// | 15:12 | 11 | 10 | 9 | 8 | 7 | 6 | 5 | 4:2 | 1:0 |
// +-------+----+----+---+---+---+---+---+-----+-----+
//           |         |   |   |   |   |          |
//           |         |   |   |   |   |          +---- PM
//           |         |   |   |   |   +--------------- TO
//           |         |   |   |   +------------------- SWO
//           |         |   |   +----------------------- MBO
//           |         |   +--------------------------- DRO
//           |         +------------------------------- HDRO
//           +----------------------------------------- SRST
// PM   - Processor Mode
// TO   - Trace Debug Occurrence
// SWO  - Software Debug Occurrence
// MBO  - Memory Breakpoint Occurrence                                                              
// DRO  - Compulsive Debug Request Occurrence
// HDRO - Hardware Debug Request Occurrence
// SRST - CPU has been reset by SRST inst

//// SRST - CPU has been reset by SRST inst
//always @(posedge cpuclk or negedge hadrst_b)
//begin
//  if (!hadrst_b)
//    srst <= 1'b0;
//  else if (iu_had_soft_rst)
//    srst <= 1'b1;
//  else if (ctrl_regs_exit_dbg)
//    srst <= 1'b0;
//  else
//    srst <= srst;
//end

// HDRO - Hardware Debug Request Occurrence
always @(posedge cpuclk or negedge hadrst_b)
begin
  if (!hadrst_b)
    adro <= 1'b0;
  else if (ctrl_regs_update_adro)
    adro <= 1'b1;
  else if (ctrl_regs_exit_dbg)
    adro <= 1'b0;
  else
    adro <= adro;
end

// DRO - Compulsive Debug Request Occurrence
always @(posedge cpuclk or negedge hadrst_b)
begin
  if (!hadrst_b)
    dro <= 1'b0;
  else if (ctrl_regs_update_dro)
    dro <= 1'b1;
  else if (ctrl_regs_exit_dbg)
    dro <= 1'b0;
  else
    dro <= dro;
end

// MBO - Memory Breakpoint Occurrence
always @(posedge cpuclk or negedge hadrst_b)
begin
  if (!hadrst_b)
    mbo <= 1'b0;
  else if (ctrl_regs_update_mbo)
    mbo <= 1'b1;
  else if (ctrl_regs_exit_dbg)
    mbo <= 1'b0;
  else
    mbo <= mbo;
end

// SWO - Software Debug Occurrence
always @(posedge cpuclk or negedge hadrst_b)
begin                                                                                               
  if (!hadrst_b)
    swo <= 1'b0;
  else if (ctrl_regs_update_swo)
    swo <= 1'b1;
  else if (ctrl_regs_exit_dbg)
    swo <= 1'b0;
  else
    swo <= swo;
end

// TO - Trace Debug Occurrence
always @(posedge cpuclk or negedge hadrst_b)
begin
  if (!hadrst_b)
    to <= 1'b0;
  else if (ctrl_regs_update_to)
    to <= 1'b1;
  else if (ctrl_regs_exit_dbg)
    to <= 1'b0;
  else
    to <= to;
end

// PM - Processor Mode
// PM[0] : Low-power Mode
assign pm_lowpwr_mode = !cp0_had_lpmd_b[1] || !cp0_had_lpmd_b[0];

// PM[1] : Debug Mode
always @(posedge cpuclk or negedge hadrst_b)
begin
  if (!hadrst_b)
  begin
    pm_dbg_mode <= 1'b0;
  end
  else
  begin
    if (ctrl_regs_exit_dbg)
      pm_dbg_mode <= 1'b0;
    else if (iu_yy_xx_dbgon)
      pm_dbg_mode <= 1'b1;
    else
      pm_dbg_mode <= pm_dbg_mode;
  end
end

assign pm[1:0] = {pm_dbg_mode, pm_lowpwr_mode};

//always @(posedge cpuclk or negedge hadrst_b)
//begin
//  if (!hadrst_b)
//    pm[1:0] <= 2'b0;
//  else if (iu_yy_xx_dbgon) // Debug Mode 2'b10
//    pm[1:0] <= 2'b10;
//  else if (!cp0_had_lpmd_b[1] || !cp0_had_lpmd_b[0]) // Low-power mode 2'b01
//    pm[1:0] <= 2'b01;
//  else  // Normal mode
//    pm[1:0] <= 2'b00;                                                                             
//end

assign had_core_dbg_mode_req = pm_dbg_mode && !iu_yy_xx_dbgon;
assign hsr_reg[15:0] = {6'b0, adro, dro,
                        mbo, swo, to, 3'b0, pm[1:0]};

//==========================================================
// EHSR
//==========================================================
assign hsr_dbg_dis = 1'b0;

//dder valid
always @(posedge cpuclk or negedge hadrst_b)
begin
  if (!hadrst_b)
    ddera_vld <= 1'b0;
  else if(ddera_wen)
    ddera_vld <= 1'b1;
  else if(ddera_ren)
    ddera_vld <= 1'b0;
  else
    ddera_vld <= ddera_vld;
end

always @(posedge cpuclk or negedge hadrst_b)
begin
  if (!hadrst_b)
    dderb_vld <= 1'b0;
  else if(dderb_wen)
    dderb_vld <= 1'b1;
  else if(dderb_ren)
    dderb_vld <= 1'b0;
  else
    dderb_vld <= dderb_vld;
end

//jw jr int state
assign cpu_hsr2_wen = tcipif_dcc_updt_vld && hacr_indx_hsr2_sel;
always @(posedge cpuclk or negedge hadrst_b)
begin
  if (!hadrst_b)
    jw_pending <= 1'b0;
  else if (ddera_wen && hcr_jtgw_int_en)
    jw_pending <= 1'b1;
  else if (iu_had_int_ack && jw_pending)
    jw_pending <= 1'b0;
  else
    jw_pending <= jw_pending;
end

always @(posedge cpuclk or negedge hadrst_b)
begin
  if (!hadrst_b)
    jw_active <= 1'b0;
  else if (cpu_hsr2_wen)
    jw_active <= tcipif_had_wdata[3];
  else if (iu_had_int_ack && jw_pending)
    jw_active <= 1'b1;
  else if (cp0_had_int_exit && jw_active && rte_pc_sel)
    jw_active <= 1'b0;
  else 
    jw_active <= jw_active;
end

always @(posedge cpuclk or negedge hadrst_b)
begin
  if (!hadrst_b)
    jr_pending <= 1'b0;
  else if (dderb_ren && hcr_jtgr_int_en)
    jr_pending <= 1'b1;
  else if (iu_had_int_ack && jr_pending && !jw_pending)
    jr_pending <= 1'b0;
  else
    jr_pending <= jr_pending;
end

always @(posedge cpuclk or negedge hadrst_b)
begin
  if (!hadrst_b)
    jr_active <= 1'b0;
  else if (cpu_hsr2_wen)
    jr_active <= tcipif_had_wdata[4];
  else if (iu_had_int_ack && jr_pending && !jw_pending)
    jr_active <= 1'b1;
  else if (cp0_had_int_exit && jr_active && rte_pc_sel)
    jr_active <= 1'b0;
  else
    jr_active <= jr_active;
end

assign had_iu_int_vld = (jw_pending || jr_pending) 
                     && (!jw_active && !jr_active);

always @(posedge cpuclk or negedge hadrst_b)
begin
  if (!hadrst_b)
    rte_pc_sel <= 1'b0;
  else if (cpu_hsr2_wen)
    rte_pc_sel <= tcipif_had_wdata[5];
  else if (iu_had_int_ack)
    rte_pc_sel <= 1'b1;
  else if (cp0_had_int_exit && rte_pc_sel)
    rte_pc_sel <= 1'b0;
  else 
    rte_pc_sel <= rte_pc_sel;
end    

assign regs_ctrl_had_int_on = rte_pc_sel;
assign had_iu_rte_pc_sel = rte_pc_sel;
// &Force("input","cp0_had_int_exit"); @1382

assign hsr2_reg[31:0] = {26'b0, rte_pc_sel,
                         jr_active, jw_active, 
                         dderb_vld, ddera_vld, hsr_dbg_dis};

//==========================================================
// DDER
//==========================================================
assign ddera_wen = jtag_xx_update_dr   && hacr_indx_dder_sel;
assign ddera_ren = tcipif_dcc_read_vld && hacr_indx_dder_sel;

always @(posedge cpuclk)
begin
  if (ddera_wen)
    ddera_reg[31:0] <= jtag_xx_data[31:0];
  else
    ddera_reg[31:0] <= ddera_reg[31:0];
end

assign dderb_wen = tcipif_dcc_updt_vld && hacr_indx_dder_sel;
assign dderb_ren = jtag_xx_capture_dr  && hacr_indx_dder_sel;

always @(posedge cpuclk)
begin
  if (dderb_wen)
    dderb_reg[31:0] <= tcipif_had_wdata[31:0];
  else
    dderb_reg[31:0] <= dderb_reg[31:0];
end

// &CombBeg; @1530
// &CombEnd; @1536
// &CombBeg; @1543
// &CombEnd; @1549
// &CombBeg; @1572
// &CombEnd; @1597
// &CombBeg; @1599
// &CombEnd; @1624
assign dacsr_reg[31:0] = 32'b0;
assign darwr_reg[31:0] = 32'b0;
assign datr_reg[31:0]  = 32'b0;

assign sec_jtag = 1'b0;
assign cp0_had_secu_dbg_en = 1'b1;

assign secure_mode_match_jtag = cp0_had_secu_dbg_en || ~(cp0_had_secu_dbg_en || sec_jtag);
assign sec_bit_jtag = cp0_had_secu_dbg_en? dacsr_reg[10] : 1'b0; 

//==============================================================================
//  HAD DR Bank 1
//==============================================================================
//======================================
//BKPTC
//======================================
assign babc_wen = dbgexp_regs_updt_vld && hacr_indx_babc_sel;

always @(posedge cpuclk)
begin
  if (babc_wen)
    babc_reg[31:0] <= regs_xx_wdata[31:0];
  else
    babc_reg[31:0] <= babc_reg[31:0];
end

//assign bamc_wen = regs_updt_vld && bsel_1 && hacr_indx_bamc_sel;
//
//always @(posedge cpuclk)
//begin
//  if (bamc_wen)
//    bamc_reg[7:0] <= regs_xx_wdata[7:0];
//  else
//    bamc_reg[7:0] <= bamc_reg[7:0];
//end

//======================================
//BKPTD
//======================================
assign babd_wen = dbgexp_regs_updt_vld && hacr_indx_babd_sel;

always @(posedge cpuclk)
begin
  if (babd_wen)
    babd_reg[31:0] <= regs_xx_wdata[31:0];
  else
    babd_reg[31:0] <= babd_reg[31:0];
end

//assign bamd_wen = regs_updt_vld && bsel_1 && hacr_indx_bamd_sel;
//
//always @(posedge cpuclk)
//begin
//  if (bamd_wen)
//    bamd_reg[7:0] <= regs_xx_wdata[7:0];
//  else
//    bamd_reg[7:0] <= bamd_reg[7:0];
//end

//======================================
//BKPTE
//======================================
assign babe_wen = dbgexp_regs_updt_vld && hacr_indx_babe_sel;

always @(posedge cpuclk)
begin
  if (babe_wen)
    babe_reg[31:0] <= regs_xx_wdata[31:0];
  else
    babe_reg[31:0] <= babe_reg[31:0];
end

//assign bame_wen = regs_updt_vld && bsel_1 && hacr_indx_bame_sel;
//
//always @(posedge cpuclk)
//begin
//  if (bame_wen)
//    bame_reg[7:0] <= regs_xx_wdata[7:0];
//  else
//    bame_reg[7:0] <= bame_reg[7:0];
//end

assign babf_reg[31:0] = 32'b0;
assign babg_reg[31:0] = 32'b0;
assign babh_reg[31:0] = 32'b0;
assign babi_reg[31:0] = 32'b0;

assign bamc_reg[7:0] = 8'b0;
assign bamd_reg[7:0] = 8'b0;
assign bame_reg[7:0] = 8'b0;
assign bamf_reg[7:0] = 8'b0;
assign bamg_reg[7:0] = 8'b0;
assign bamh_reg[7:0] = 8'b0;
assign bami_reg[7:0] = 8'b0;

assign mbir_reg[3:0]  = 4'b0;
assign mbee_reg[31:0] = 32'b0;
assign mbse_reg[31:0] = 32'b0;

//==============================================================================
//  HAD DR Bank 2
//==============================================================================
//==========================================================
//  DEBUG CONTROL register
//==========================================================
assign prof_cnt_en        = 1'b0;
assign prof_cnt_reg[31:0] = 32'b0;

assign dbg_ctrl_reg[31:0] = {31'b0, prof_cnt_en};

//==========================================================
//  Force register
//==========================================================
assign had_iu_force_dbg_en = 1'b0;
assign force_reg[31:0] = 32'b0;

//==============================================================================
// Read port for HAD registers
//==============================================================================
assign hacr_indx_bsel_sel_rd      = hacr_indx_bsel_sel   && !tcipif_reg_sel;
assign hacr_indx_id_sel_rd        = hacr_indx_id_sel     && !tcipif_reg_sel;
assign hacr_indx_tc_sel_rd        = 1'b0;
assign hacr_indx_hsr_sel_rd       = hacr_indx_hsr_sel    && !tcipif_reg_sel;
assign hacr_indx_wbbr_sel_rd      = hacr_indx_wbbr_sel   && !tcipif_reg_sel;
// &Force("output","hacr_indx_pcfifo_sel_rd"); @2455
assign hacr_indx_csr_sel_rd       = hacr_indx_csr_sel    && !tcipif_reg_sel;
assign hacr_indx_daddr_sel_rd     = hacr_indx_daddr_sel  && !tcipif_reg_sel;
assign hacr_indx_ddata_sel_rd     = hacr_indx_ddata_sel  && !tcipif_reg_sel;
assign hacr_indx_sysrsv_sel_rd    = hacr_indx_sysrsv_sel && !tcipif_reg_sel;

   assign hacr_indx_psr_sel_rd    = hacr_indx_psr_sel;
//                                && (tcipif_reg_sel || iu_yy_xx_dbgon);
   assign hacr_indx_pc_sel_rd     = hacr_indx_pc_sel;
//                                && (tcipif_reg_sel || iu_yy_xx_dbgon);
   assign hacr_indx_hsr2_sel_rd   = hacr_indx_hsr2_sel;
   assign hacr_indx_dder_sel_rd   = hacr_indx_dder_sel;

  assign hacr_indx_hcr_sel_rd     = hacr_indx_hcr_sel;

assign hacr_indx_mbca_sel_rd      = 1'b0;
assign hacr_indx_mbcb_sel_rd      = 1'b0;
assign hacr_indx_bamc_sel_rd      = 1'b0;
assign hacr_indx_bamd_sel_rd      = 1'b0;
assign hacr_indx_bame_sel_rd      = 1'b0;
assign hacr_indx_bamf_sel_rd      = 1'b0;
assign hacr_indx_bamg_sel_rd      = 1'b0;
assign hacr_indx_bamh_sel_rd      = 1'b0;
assign hacr_indx_bami_sel_rd      = 1'b0;
assign hacr_indx_baba_sel_rd      = hacr_indx_baba_sel && !tcipif_reg_sel;
assign hacr_indx_bama_sel_rd      = hacr_indx_bama_sel && !tcipif_reg_sel;
assign hacr_indx_babb_sel_rd      = hacr_indx_babb_sel && !tcipif_reg_sel;
assign hacr_indx_bamb_sel_rd      = hacr_indx_bamb_sel && !tcipif_reg_sel;
assign hacr_indx_babc_sel_rd      = hacr_indx_babc_sel && !tcipif_reg_sel;
assign hacr_indx_babd_sel_rd      = hacr_indx_babd_sel && !tcipif_reg_sel;
assign hacr_indx_babe_sel_rd      = hacr_indx_babe_sel && !tcipif_reg_sel;
assign hacr_indx_babf_sel_rd      = hacr_indx_babf_sel && !tcipif_reg_sel;
assign hacr_indx_babg_sel_rd      = hacr_indx_babg_sel && !tcipif_reg_sel;
assign hacr_indx_babh_sel_rd      = hacr_indx_babh_sel && !tcipif_reg_sel;
assign hacr_indx_babi_sel_rd      = hacr_indx_babi_sel && !tcipif_reg_sel;

assign hacr_indx_dacsr_sel_rd     = hacr_indx_dacsr_sel && !tcipif_reg_sel;
assign hacr_indx_datr_sel_rd      = hacr_indx_datr_sel  && !tcipif_reg_sel;
assign hacr_indx_darwr_sel_rd     = hacr_indx_darwr_sel && !tcipif_reg_sel
                                 && secure_mode_match_jtag;

assign hacr_indx_mbir_sel_rd      = hacr_indx_mbir_sel;
assign hacr_indx_mbee_sel_rd      = hacr_indx_mbee_sel;
assign hacr_indx_mbse_sel_rd      = hacr_indx_mbse_sel;

assign hacr_indx_dbg_ctrl_sel_rd  = hacr_indx_dbg_ctrl_sel  && !tcipif_reg_sel;
assign hacr_indx_prof_cnt_sel_rd  = hacr_indx_prof_cnt_sel  && !tcipif_reg_sel;
assign hacr_indx_force_reg_sel_rd = hacr_indx_force_reg_sel && !tcipif_reg_sel;

// special read data
assign dder_rd_val[31:0]  = tcipif_reg_sel ? ddera_reg[31:0] : dderb_reg[31:0];
assign dacsr_rd_val[31:0] = {dacsr_reg[31:11], sec_bit_jtag, dacsr_reg[9:0]};

always @( * )
begin
  case (1'b1)
    hacr_indx_bsel_sel_rd :
      regs_rdata[31:0] = {30'b0, bsel_val[1:0]};
//bank 0
    hacr_indx_id_sel_rd :
      regs_rdata[31:0] = id_reg[31:0];
    hacr_indx_tc_sel_rd :
      regs_rdata[31:0] = 32'b0;
    hacr_indx_mbca_sel_rd :
      regs_rdata[31:0] = 32'b0;
    hacr_indx_baba_sel_rd :
      regs_rdata[31:0] = baba_reg[31:0];
    hacr_indx_bama_sel_rd :
      regs_rdata[31:0] = {24'b0, bama_reg[7:0]};
    hacr_indx_hcr_sel_rd :
      regs_rdata[31:0] = hcr_reg[31:0];
    hacr_indx_hsr_sel_rd :
      regs_rdata[31:0] = {16'b0, hsr_reg[15:0]};
    hacr_indx_hsr2_sel_rd :
      regs_rdata[31:0] = hsr2_reg[31:0];
    hacr_indx_wbbr_sel_rd :
      regs_rdata[31:0] = wbbr_reg[31:0];
    hacr_indx_psr_sel_rd :
      regs_rdata[31:0] = {32{cp0_had_secu_dbg_en}} & psr_reg[31:0];
    hacr_indx_pc_sel_rd :
      regs_rdata[31:0] = pc_reg[31:0];
    hacr_indx_csr_sel_rd :
      regs_rdata[31:0] = {16'b0, csr_reg[15:0]};
    hacr_indx_dder_sel_rd :
      regs_rdata[31:0] = dder_rd_val[31:0];
    hacr_indx_daddr_sel_rd :
      regs_rdata[31:0] = wbbr_reg[31:0];
    hacr_indx_ddata_sel_rd :
      regs_rdata[31:0] = wbbr_reg[31:0];
    hacr_indx_sysrsv_sel_rd :
      regs_rdata[31:0] = id_reg[31:0];
    hacr_indx_mbcb_sel_rd :
      regs_rdata[31:0] = 32'b0;
    hacr_indx_babb_sel_rd:
      regs_rdata[31:0] = babb_reg[31:0];
    hacr_indx_bamb_sel_rd:
      regs_rdata[31:0] = {24'b0, bamb_reg[7:0]};
//bank 1
    hacr_indx_babc_sel_rd :
      regs_rdata[31:0] = babc_reg[31:0];
    hacr_indx_bamc_sel_rd :
      regs_rdata[31:0] = {24'b0, bamc_reg[7:0]};
    hacr_indx_babd_sel_rd :
      regs_rdata[31:0] = babd_reg[31:0];
    hacr_indx_bamd_sel_rd :
      regs_rdata[31:0] = {24'b0, bamd_reg[7:0]};
    hacr_indx_babe_sel_rd :
      regs_rdata[31:0] = babe_reg[31:0];
    hacr_indx_bame_sel_rd :
      regs_rdata[31:0] = {24'b0, bame_reg[7:0]};
    hacr_indx_babf_sel_rd :
      regs_rdata[31:0] = babf_reg[31:0];
    hacr_indx_bamf_sel_rd :
      regs_rdata[31:0] = {24'b0, bamf_reg[7:0]};
    hacr_indx_babg_sel_rd :
      regs_rdata[31:0] = babg_reg[31:0];
    hacr_indx_bamg_sel_rd :
      regs_rdata[31:0] = {24'b0, bamg_reg[7:0]};
    hacr_indx_babh_sel_rd :
      regs_rdata[31:0] = babh_reg[31:0];
    hacr_indx_bamh_sel_rd :
      regs_rdata[31:0] = {24'b0, bamh_reg[7:0]};
    hacr_indx_babi_sel_rd :
      regs_rdata[31:0] = babi_reg[31:0];
    hacr_indx_bami_sel_rd :
      regs_rdata[31:0] = {24'b0, bami_reg[7:0]};
    hacr_indx_dacsr_sel_rd :
      regs_rdata[31:0] = dacsr_rd_val[31:0];
    hacr_indx_datr_sel_rd :
      regs_rdata[31:0] = datr_reg[31:0];
    hacr_indx_darwr_sel_rd :
      regs_rdata[31:0] = darwr_reg[31:0];
    hacr_indx_mbir_sel_rd :
      regs_rdata[31:0] = {28'b0, mbir_reg[3:0]};
    hacr_indx_mbee_sel_rd :
      regs_rdata[31:0] = mbee_reg[31:0];
    hacr_indx_mbse_sel_rd :
      regs_rdata[31:0] = mbse_reg[31:0];
//bank 2
    hacr_indx_dbg_ctrl_sel_rd :
      regs_rdata[31:0] = dbg_ctrl_reg[31:0];
    hacr_indx_prof_cnt_sel_rd :
      regs_rdata[31:0] = prof_cnt_reg[31:0];
    hacr_indx_force_reg_sel_rd :
      regs_rdata[31:0] = force_reg[31:0];
    default :
      regs_rdata[31:0] = 32'b0;
  endcase
end

//==============================================================================
// Output signals to other modules
//==============================================================================
// to CPU Core
//======================================
// 1. to IFU
assign had_ifu_ir[31:0] = ddc_regs_update_ir ? ddc_regs_ir[31:0]
                                             : jtag_xx_data[31:0];
assign had_ifu_ir_vld   =
  ((jtag_xx_update_dr && hacr_indx_ir_sel && hacr_go && !hacr_ex) ||
  (ddc_regs_update_ir && hcr_ddcen)) && iu_yy_xx_dbgon;

// 2. to IU
assign had_iu_pc[30:0] = pc_reg[31:1];
assign had_iu_xx_fdb   = fdb;
                                                                                                    
// 3. to IDU
assign had_idu_wbbr_data[31:0] = wbbr_reg[31:0];
assign had_idu_wbbr_vld        = ffy && iu_yy_xx_dbgon;

// 4. to CP0
//5. to TCIP
assign had_tcipif_cmplt       = tcipif_reg_sel;
assign had_tcipif_rdata[31:0] = regs_rdata[31:0];

// to HAD internal modules
//======================================
// 1. to jtag
assign regs_jtag_data[31:0]  = regs_rdata[31:0];
assign regs_jtag_hacr_rw     = hacr_rw;
assign regs_jtag_reg8_sel    = hacr_indx_mbca_sel ||
                               hacr_indx_mbcb_sel ||
                               hacr_indx_bama_sel ||
                               hacr_indx_bamb_sel ||
                               hacr_indx_tc_sel   ||
                               hacr_indx_bamc_sel ||
                               hacr_indx_bamd_sel ||
                               hacr_indx_bame_sel ||
                               hacr_indx_bamf_sel ||
                               hacr_indx_bamg_sel ||
                               hacr_indx_bamh_sel ||
                               hacr_indx_bami_sel;

assign regs_jtag_reg16_sel   = hacr_indx_hsr_sel ||
                               hacr_indx_csr_sel;
// 2. to ctrl
assign regs_ctrl_hacr_go     = hacr_go;
assign regs_ctrl_hacr_ex     = hacr_ex;
assign regs_ctrl_dr          = hcr_dr;
assign regs_ctrl_adr         = hcr_adr;
assign regs_ctrl_exit_sel    = hacr_indx_pc_sel    ||
                               hacr_indx_ir_sel    ||
                               hacr_indx_wbbr_sel  ||
                               hacr_indx_psr_sel   ||
                               hacr_indx_csr_sel   ||
                               hacr_indx_bypass_sel;
//assign regs_xx_fdb           = fdb;
// 3. to ddc
assign regs_ddc_daddr_sel    = hacr_indx_daddr_sel;
assign regs_ddc_ddata_sel    = hacr_indx_ddata_sel;
assign regs_xx_ddc_en        = hcr_ddcen;
// 4. to trace
//assign regs_trace_cnt_sel    = regs_updt_vld && bsel_0 && hacr_indx_tc_sel;
assign regs_trace_en         = hcr_tme;
// 5. to pin
assign regs_pin_pm[1:0]      = pm[1:0];
// 6. to bkpt
assign regs_bkpta_base[31:0] = baba_reg[31:0];
assign regs_bkpta_mask[7:0]  = bama_reg[7:0];
assign regs_bkpta_ctrl[2:0]  = hcr_bca[2:0];
//assign regs_bkpta_region     = hcr_rca;
//assign regs_bkpta_cnt_sel    = regs_updt_vld && bsel_0 && hacr_indx_mbca_sel;

assign regs_bkptb_base[31:0] = babb_reg[31:0];
assign regs_bkptb_mask[7:0]  = bamb_reg[7:0];
assign regs_bkptb_ctrl[2:0]  = hcr_bcb[2:0];
//assign regs_bkptb_region     = hcr_rcb;                                                             
//assign regs_bkptb_cnt_sel    = regs_updt_vld && bsel_0 && hacr_indx_mbcb_sel;

assign regs_bkptc_base[31:0] = babc_reg[31:0];
//assign regs_bkptc_mask[7:0]  = bamc_reg[7:0];
assign regs_bkptc_en         = hcr_bxen[0];

assign regs_bkptd_base[31:0] = babd_reg[31:0];
//assign regs_bkptd_mask[7:0]  = bamd_reg[7:0];
assign regs_bkptd_en         = hcr_bxen[1];

assign regs_bkpte_base[31:0] = babe_reg[31:0];
//assign regs_bkpte_mask[7:0]  = bame_reg[7:0];
assign regs_bkpte_en         = hcr_bxen[2];



assign regs_ctrl_mbee[8:0]   = mbee_reg[8:0];

// &ModuleEnd; @2847
endmodule